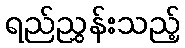
ရည်ညွှန်းသည့်